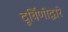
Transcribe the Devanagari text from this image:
दूर्बिणीद्वारे